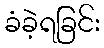
ခံခဲ့ရခြင်း